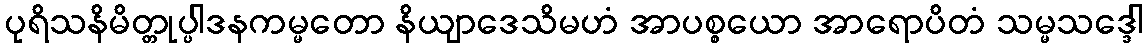
ပုရိသနိမိတ္တုပ္ပါဒနကမ္မတော နိယျာဒေသိမဟံ အာပစ္စယော အာရောပိတံ သမ္မသဒ္ဒေါ